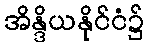
အိန္ဒိယနိုင်ငံ၌